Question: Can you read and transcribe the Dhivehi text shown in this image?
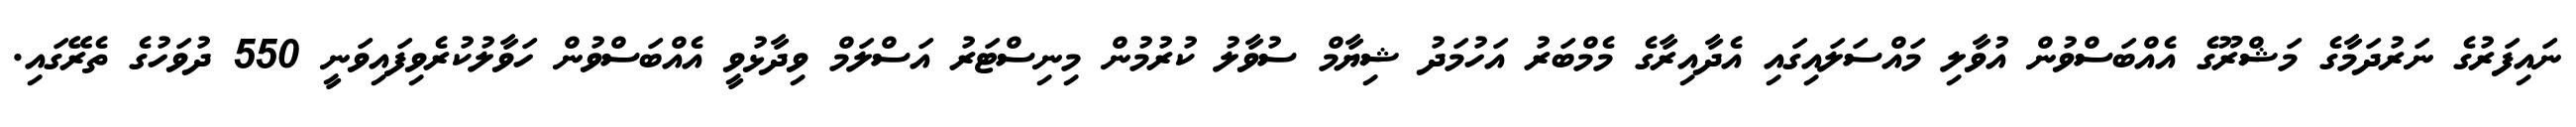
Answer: ނައިފަރުގެ ނަރުދަމާގެ މަޝްރޫގެ އެއްބަސްވުން އުވާލި މައްސަލައިގައި އެދާއިރާގެ މެމްބަރު އަހުމަދު ޝިޔާމް ސުވާލު ކުރުމުން މިނިސްޓަރު އަސްލަމް ވިދާޅުވީ އެއްބަސްވުން ހަވާލުކުރެވިފައިވަނީ 550 ދުވަހުގެ ތެރޭގައި.